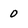
Character: 0